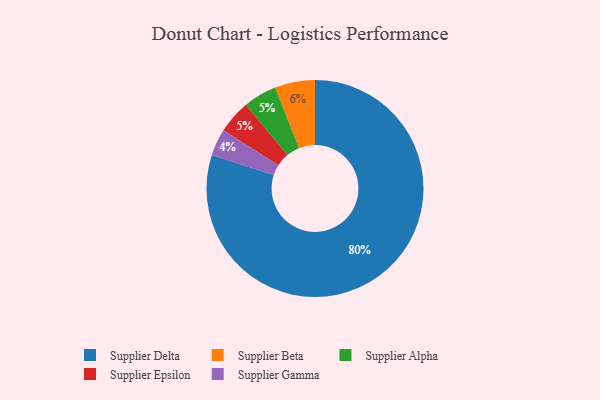
{"axis": {"x": "Category", "y": "Percentage"}, "legend": ["Supplier Alpha", "Supplier Beta", "Supplier Delta", "Supplier Epsilon", "Supplier Gamma"], "data": [{"x": "Supplier Delta", "y": 80, "type": "Supplier Delta"}, {"x": "Supplier Beta", "y": 6, "type": "Supplier Beta"}, {"x": "Supplier Alpha", "y": 5, "type": "Supplier Alpha"}, {"x": "Supplier Epsilon", "y": 5, "type": "Supplier Epsilon"}, {"x": "Supplier Gamma", "y": 4, "type": "Supplier Gamma"}]}